Report of the Indian Hemp Drugs Commission, 1894-1895 - Volume V
Year: 1894
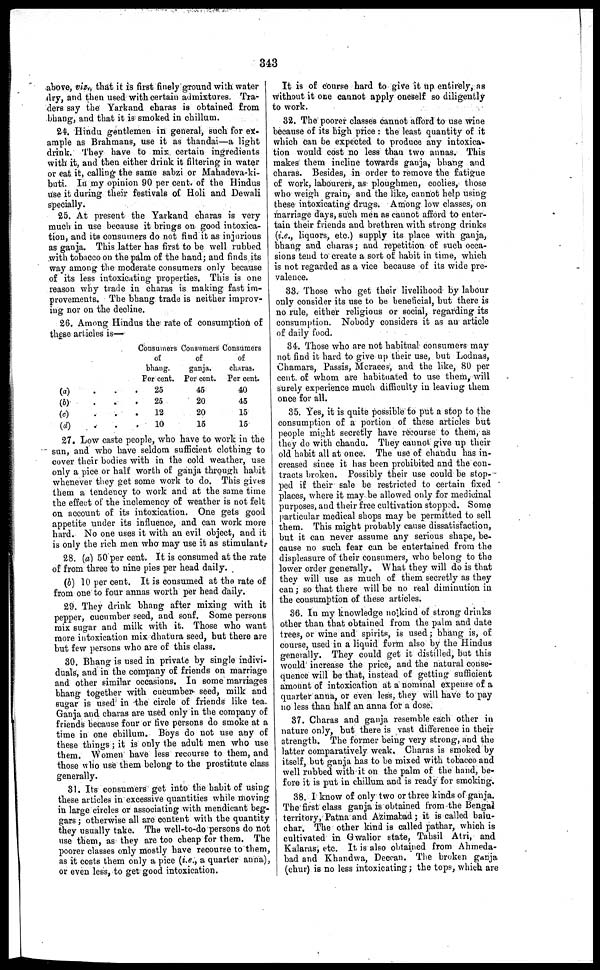
343
above, viz., that it is first finely ground with water
dry, and then used with certain admixtures. Tra-
ders say the Yarkand charas is obtained from
bhang, and that it is smoked in chillum.
24. Hindu gentlemen in general, such for ex-
ample as Brahmans, use it as thandai—a light
drink. They have to mix certain ingredients
with it, and then either drink it filtering in water
or eat it, calling the same sabzi or Mahadeva-ki-
buti. In my opinion 90 per cent. of the Hindus
use it during their festivals of Holi and Dewali
specially.
25. At present the Yarkand charas is very
much in use because it brings on good intoxica-
tion, and its consumers do not find it as injurious
as ganja. This latter has first to be well rubbed
with tobacco on the palm of the hand ; and finds its
way among the moderate consumers only because
of its less intoxicating properties. This is one
reason why trade in charas is making fast im-
provements. The bhang trade is neither improv-
ing nor on the decline.
26. Among Hindus the rate of consumption of
these articles is—
(a)
.
.
.
(b)
.
.
.
(c)
. . .
(d)
.
.
.
Consumers
of
bhang.
Per cent.
25
25
12
10
Consumers
of
ganja.
Per cent.
45
20
20
15
Consumers
of
charas.
Per cent.
40
45
15
15
27. Low caste people, who have to work in the
sun, and who have seldom sufficient clothing to
cover their bodies with in the cold weather, use
only a pice or half worth of ganja through habit
whenever they get some work to do. This gives
them a tendency to work and at the same time
the effect of the inclemency of weather is not felt
on account of its intoxication. One gets good
appetite under its influence, and can work more
hard. No one uses it with an evil object, and it
is only the rich men who may use it as stimulant.
28. (a) 50 per cent. It is consumed at the rate
of from three to nine pies per head daily.
(b) 10 per cent. It is consumed at the rate of
from one to four annas worth per head daily.
29. They drink bhang after mixing with it
pepper, cucumber seed, and sonf. Some persons
mix sugar and milk with it. Those who want
more intoxication mix dhatura seed, but there are
but few persons who are of this class.
30. Bhang is used in private by single indivi-
duals, and in the company of friends on marriage
and other similar occasions. In some marriages
bhang together with cucumber seed, milk and
sugar is used in the circle of friends like tea.
Ganja and charas are used only in the company of
friends because four or five persons do smoke at a
time in one chillum. Boys do not use any of
these things ; it is only the adult men who use
them. Women have less recourse to them, and
those who use them belong to the prostitute class
generally.
31. Its consumers get into the habit of using
these articles in excessive quantities while moving
in large circles or associating with mendicant beg-
gars ; otherwise all are content with the quantity
they usually take. The well-to-do persons do not
use them, as they are too cheap for them. The
poorer classes only mostly have recourse to them,
as it costs them only a pice (i.e., a quarter anna),
or even less, to get good intoxication.
It is of course hard to give it up entirely, as
without it one cannot apply oneself so diligently
to work.
32. The poorer classes cannot afford to use wine
because of its high price : the least quantity of it
which can be expected to produce any intoxica-
tion would cost no less than two annas. This
makes them incline towards ganja, bhang and
charas. Besides, in order to remove the fatigue
of work, labourers, as ploughmen, coolies, those
who weigh grain, and the like, cannot help using
these intoxicating drugs. Among low classes, on
marriage days, such men as cannot afford to enter-
tain their friends and brethren with strong drinks
(i.e., liquors, etc.) supply its place with ganja,
bhang and charas ; and repetition of such occa-
sions tend to create a sort of habit in time, which
is not regarded as a vice because of its wide pre-
valence.
33. Those who get their livelihood by labour
only consider its use to be beneficial, but there is
no rule, either religious or social, regarding its
consumption. Nobody considers it as an article
of daily food.
34. Those who are not habitual consumers may
not find it hard to give up their use, but Lodnas,
Chamars, Passis, Mcraees, and the like, 80 per
cent. of whom are habituated to use them, will
surely experience much difficulty in leaving them
once for all.
35. Yes, it is quite possible to put a stop to the
consumption of a portion of these articles but
people might secretly have recourse to them, as
they do with chandu. They cannot give up their
old habit all at once. The use of chandu has in-
creased since it has been prohibited and the con-
tracts broken. Possibly their use could be stop-
ped if their sale be restricted to certain fixed
places, where it may be allowed only for medicinal
purposes, and their free cultivation stopped. Some
particular medical shops may be permitted to sell
them. This might probably cause dissatisfaction,
but it can never assume any serious shape, be-
cause no such fear can be entertained from the
displeasure of their consumers, who belong to the
lower order generally. What they will do is that
they will use as much of them secretly as they
can ; so that there will be no real diminution in
the consumption of these articles.
36. In my knowledge no kind of strong drinks
other than that obtained from the palm and date
trees, or wine and spirits, is used ; bhang is, of
course, used in a liquid form also by the Hindus
generally. They could get it distilled, but this
would increase the price, and the natural conse-
quence will be that, instead of getting sufficient
amount of intoxication at a nominal expense of a
quarter anna, or even less, they will have to pay
no less than half an anna for a dose.
37. Charas and ganja resemble each other in
nature only, but there is vast difference in their
strength. The former being very strong, and the
latter comparatively weak. Charas is smoked by
itself, but ganja has to be mixed with tobacco and
well rubbed with it on the palm of the hand, be-
fore it is put in chillum and is ready for smoking.
38. I know of only two or three kinds of ganja.
The first class ganja is obtained from the Bengal
territory, Patna and Azimabad ; it is called balu-
char. The other kind is called pathar, which is
cultivated in Gwalior state, Tahsil Atri, and
Kalaras, etc. It is also obtained from Ahmeda-
bad and Khandwa, Deccan. The broken ganja
(chur) is no less intoxicating ; the tops, which are